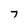
Character: 7